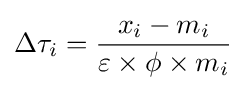
\Delta \tau _{i}={\frac {x_{i}-m_{i}}{\varepsilon \times \phi \times m_{i}}}